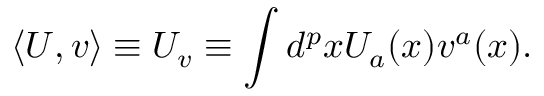
\langle U , v \rangle \equiv U _ { v } \equiv \int d ^ { p } x U _ { a } ( x ) v ^ { a } ( x ) .